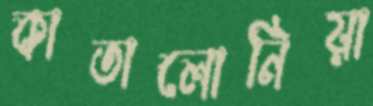
কাতালোনিয়া